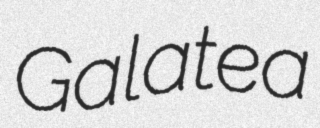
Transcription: Galatea